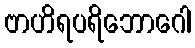
ဗာဟိရပရိဘောဂေါ